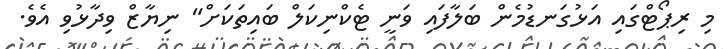
މި ރިޕޯޓްގައި އަޅުގަނޑުމެން ބަލާފައި ވަނީ ޓެކްނިކަލް ބައިތަކަށް" ނިޔާޒް ވިދާޅުވި އެވެ.